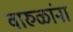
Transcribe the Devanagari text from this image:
वारुळांना